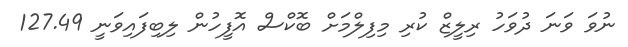
ނުވަ ވަނަ ދުވަހު ރިލީޒް ކުރި މިފިލްމަށް ބޮކްސް އޮފީހުން ލިބިފައިވަނީ 127.49